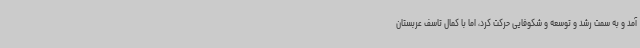
آمد و به سمت رشد و توسعه و شکوفایی حرکت کرد، اما با کمال تاسف عربستان